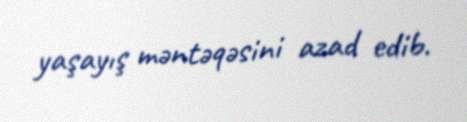
yaşayış məntəqəsini azad edib.